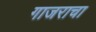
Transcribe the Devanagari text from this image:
गाजराचा